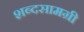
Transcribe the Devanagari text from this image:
शब्दसामग्री